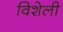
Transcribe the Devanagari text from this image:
विशेली